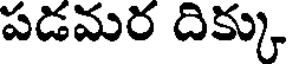
పడమర దిక్కు